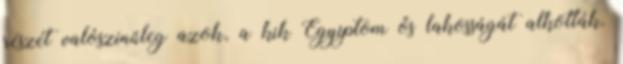
részét valószinűleg azok, a kik Egyiptom ős lakosságát alkották.